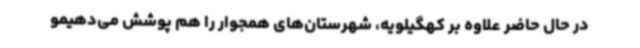
در حال حاضر علاوه بر کهگیلویه، شهرستان‌های همجوار را هم پوشش می‌دهیمو